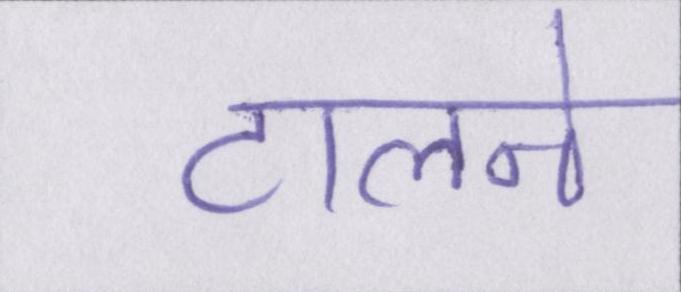
टालने